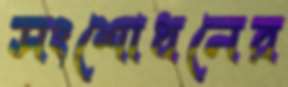
সংশোধনের